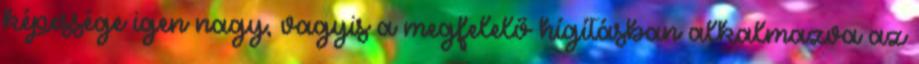
képessége igen nagy, vagyis a megfelelő hígításban alkalmazva az